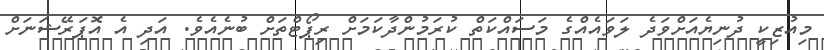
މިއުޒިކީ ދުނިޔެއަށްވަދެ ލަވައެއްގެ މަސައްކަތް ކުރަމުންދާކަމަށް ރިޕޯޓްތަށް ބުނެއެވެ. އަދި އެ އޮޕަރޭޝަނަށް